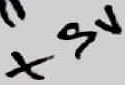
Text: +5V